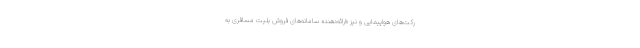
رکت‌های هواپیمایی و نیز «ارائه‌دهنده سامانه‌های فروش بلیت مسافری به